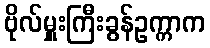
ဗိုလ်မှူးကြီးခွန်ဥက္ကာက